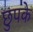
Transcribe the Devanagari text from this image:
छुपके